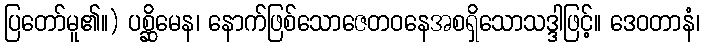
ပြတော်မူ၏။) ပစ္ဆိမေန၊ နောက်ဖြစ်သောဇေတဝနေအစရှိသောသဒ္ဒါဖြင့်။ ဒေဝတာနံ၊